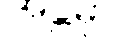
အဋ္ဌမှာ